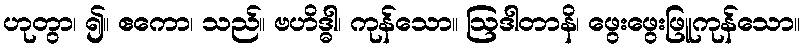
ဟုတွာ၊ ၍။ ဧကော၊ သည်။ ဗဟိဒ္ဓါ၊ ကုန်သော။ ဩဒါတာနိ၊ ဖွေးဖွေးဖြူကုန်သော။